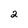
Character: 2